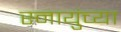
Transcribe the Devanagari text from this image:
स्नायुंच्या